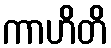
ကာဟိတိ